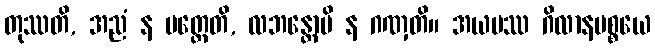
တုဿတိ, အညံ န ပတ္ထေတိ, လဘန္တောပိ န ဂဏှတိ။ အယမဿ ဂိလာနပစ္စယေ